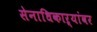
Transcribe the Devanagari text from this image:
सेनाधिकाऱ्यांवर